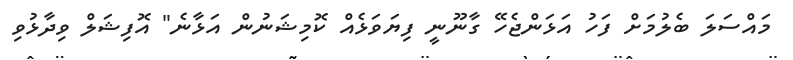
މައްސަލަ ބެލުމަށް ފަހު އަޅަންޖެހޭ ގާނޫނީ ފިޔަވަޅެއް ކޮމިޝަނުން އަޅާނެ" އޮފިޝަލް ވިދާޅުވި